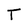
Character: T